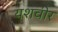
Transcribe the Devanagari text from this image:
यशवीर